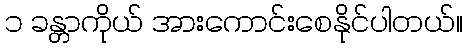
၁ ခန္တာကိုယ် အားကောင်းစေနိုင်ပါတယ်။